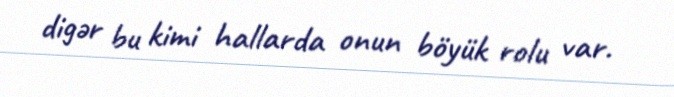
digər bu kimi hallarda onun böyük rolu var.